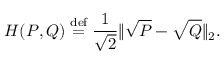
H ( P , Q ) \stackrel { \mathrm { d e f } } { = } \frac 1 { \sqrt { 2 } } \lVert \sqrt { P } - \sqrt { Q } \rVert _ { 2 } .